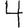
Digit: 4